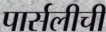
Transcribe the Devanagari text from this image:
पार्सलीची